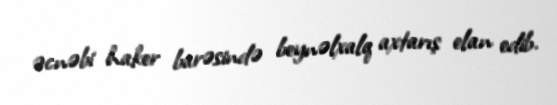
əcnəbi haker barəsində beynəlxalq axtarış elan edib.